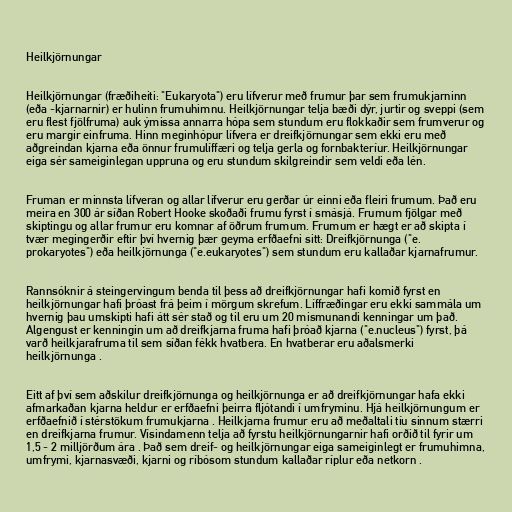
Heilkjörnungar

Heilkjörnungar (fræðiheiti: "Eukaryota") eru lífverur með frumur þar sem frumukjarninn
(eða -kjarnarnir) er hulinn frumuhimnu. Heilkjörnungar telja bæði dýr, jurtir og sveppi (sem
eru flest fjölfruma) auk ýmissa annarra hópa sem stundum eru flokkaðir sem frumverur og
eru margir einfruma. Hinn meginhópur lífvera er dreifkjörnungar sem ekki eru með
aðgreindan kjarna eða önnur frumulíffæri og telja gerla og fornbakteríur. Heilkjörnungar
eiga sér sameiginlegan uppruna og eru stundum skilgreindir sem veldi eða lén.

Fruman er minnsta lífveran og allar lífverur eru gerðar úr einni eða fleiri frumum. Það eru
meira en 300 ár síðan Robert Hooke skoðaði frumu fyrst í smásjá. Frumum fjölgar með
skiptingu og allar frumur eru komnar af öðrum frumum. Frumum er hægt er að skipta í
tvær megingerðir eftir því hvernig þær geyma erfðaefni sitt: Dreifkjörnunga ("e.
prokaryotes") eða heilkjörnunga ("e.eukaryotes") sem stundum eru kallaðar kjarnafrumur.

Rannsóknir á steingervingum benda til þess að dreifkjörnungar hafi komið fyrst en
heilkjörnungar hafi þróast frá þeim í mörgum skrefum. Líffræðingar eru ekki sammála um
hvernig þau umskipti hafi átt sér stað og til eru um 20 mismunandi kenningar um það.
Algengust er kenningin um að dreifkjarna fruma hafi þróað kjarna ("e.nucleus") fyrst, þá
varð heilkjarafruma til sem síðan fékk hvatbera. En hvatberar eru aðalsmerki
heilkjörnunga .

Eitt af því sem aðskilur dreifkjörnunga og heilkjörnunga er að dreifkjörnungar hafa ekki
afmarkaðan kjarna heldur er erfðaefni þeirra fljótandi í umfryminu. Hjá heilkjörnungum er
erfðaefnið í stérstökum frumukjarna . Heilkjarna frumur eru að meðaltali tíu sinnum stærri
en dreifkjarna frumur. Vísindamenn telja að fyrstu heilkjörnungarnir hafi orðið til fyrir um
1,5 - 2 milljörðum ára . Það sem dreif- og heilkjörnungar eiga sameiginlegt er frumuhimna,
umfrymi, kjarnasvæði, kjarni og ríbósom stundum kallaðar ríplur eða netkorn .